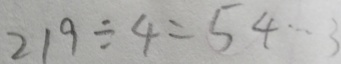
2 1 9 \div 4 = 5 4 \cdots 3